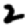
Digit: 2